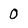
Character: 0